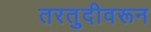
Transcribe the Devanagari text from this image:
तरतुदीवरून